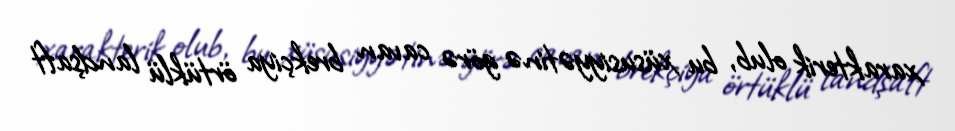
xarakterik olub, bu xüsusiyyətinə görə cavan brekçiya örtüklü landşaft